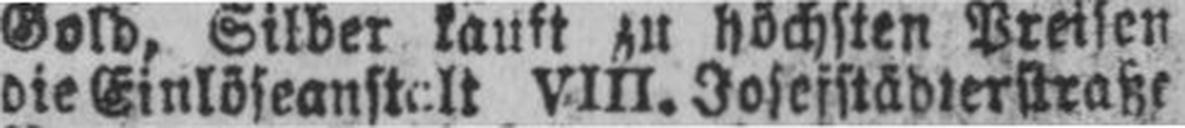
die Einlöseanstelt VIII. Josefstädterstraße